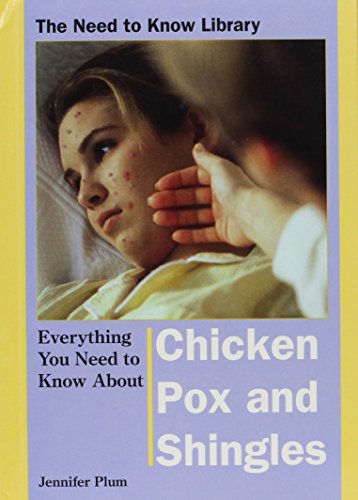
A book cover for Everything You Need to Know About Chicken Pox and Shingles (Need to Know Library); Jennifer Plum; Teen & Young Adult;